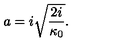
a = i \sqrt { \frac { 2 i } { \kappa _ { 0 } } } .